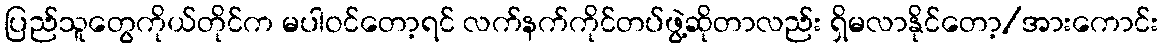
ပြည်သူတွေကိုယ်တိုင်က မပါဝင်တော့ရင် လက်နက်ကိုင်တပ်ဖွဲ့ဆိုတာလည်း ရှိမလာနိုင်တော့/အားကောင်း